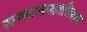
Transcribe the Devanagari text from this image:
सम्भावनाशीलता